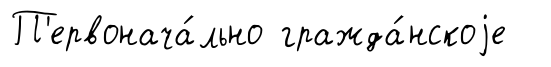
П'ервонача́льно гражда́нскоjе